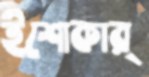
ইশোকার্